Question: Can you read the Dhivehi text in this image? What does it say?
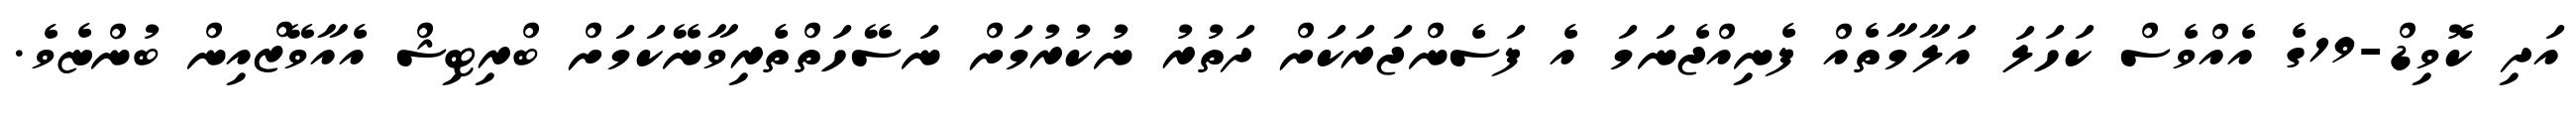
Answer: އަދި ކޮވިޑް-19ގެ އެއްވެސް ކަހަލަ އަލާމާތެއް ފެނިއްޖެނަމަ އެ ފަސެންޖަރަކަށް ދަތުރު ނުކުރުމަށް ނަސޭހަތްތެރިވާނޭކަމަށް ބްރިޓިޝް އެއާވޭޒްއިން ބުންޏެވެ.